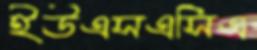
ইউএসএসিএ